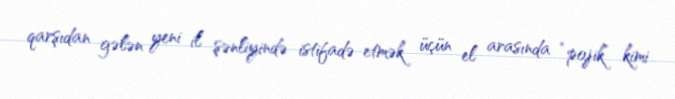
qarşıdan gələn yeni il şənliyində istifadə etmək üçün el arasında “pojik” kimi